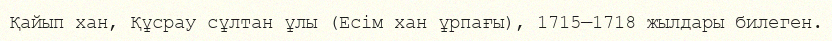
Қайып хан, Құсрау сұлтан ұлы (Есім хан ұрпағы), 1715—1718 жылдары билеген.